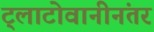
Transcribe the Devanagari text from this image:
ट्लाटोवानीनंतर